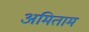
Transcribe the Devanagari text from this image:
अमिताम